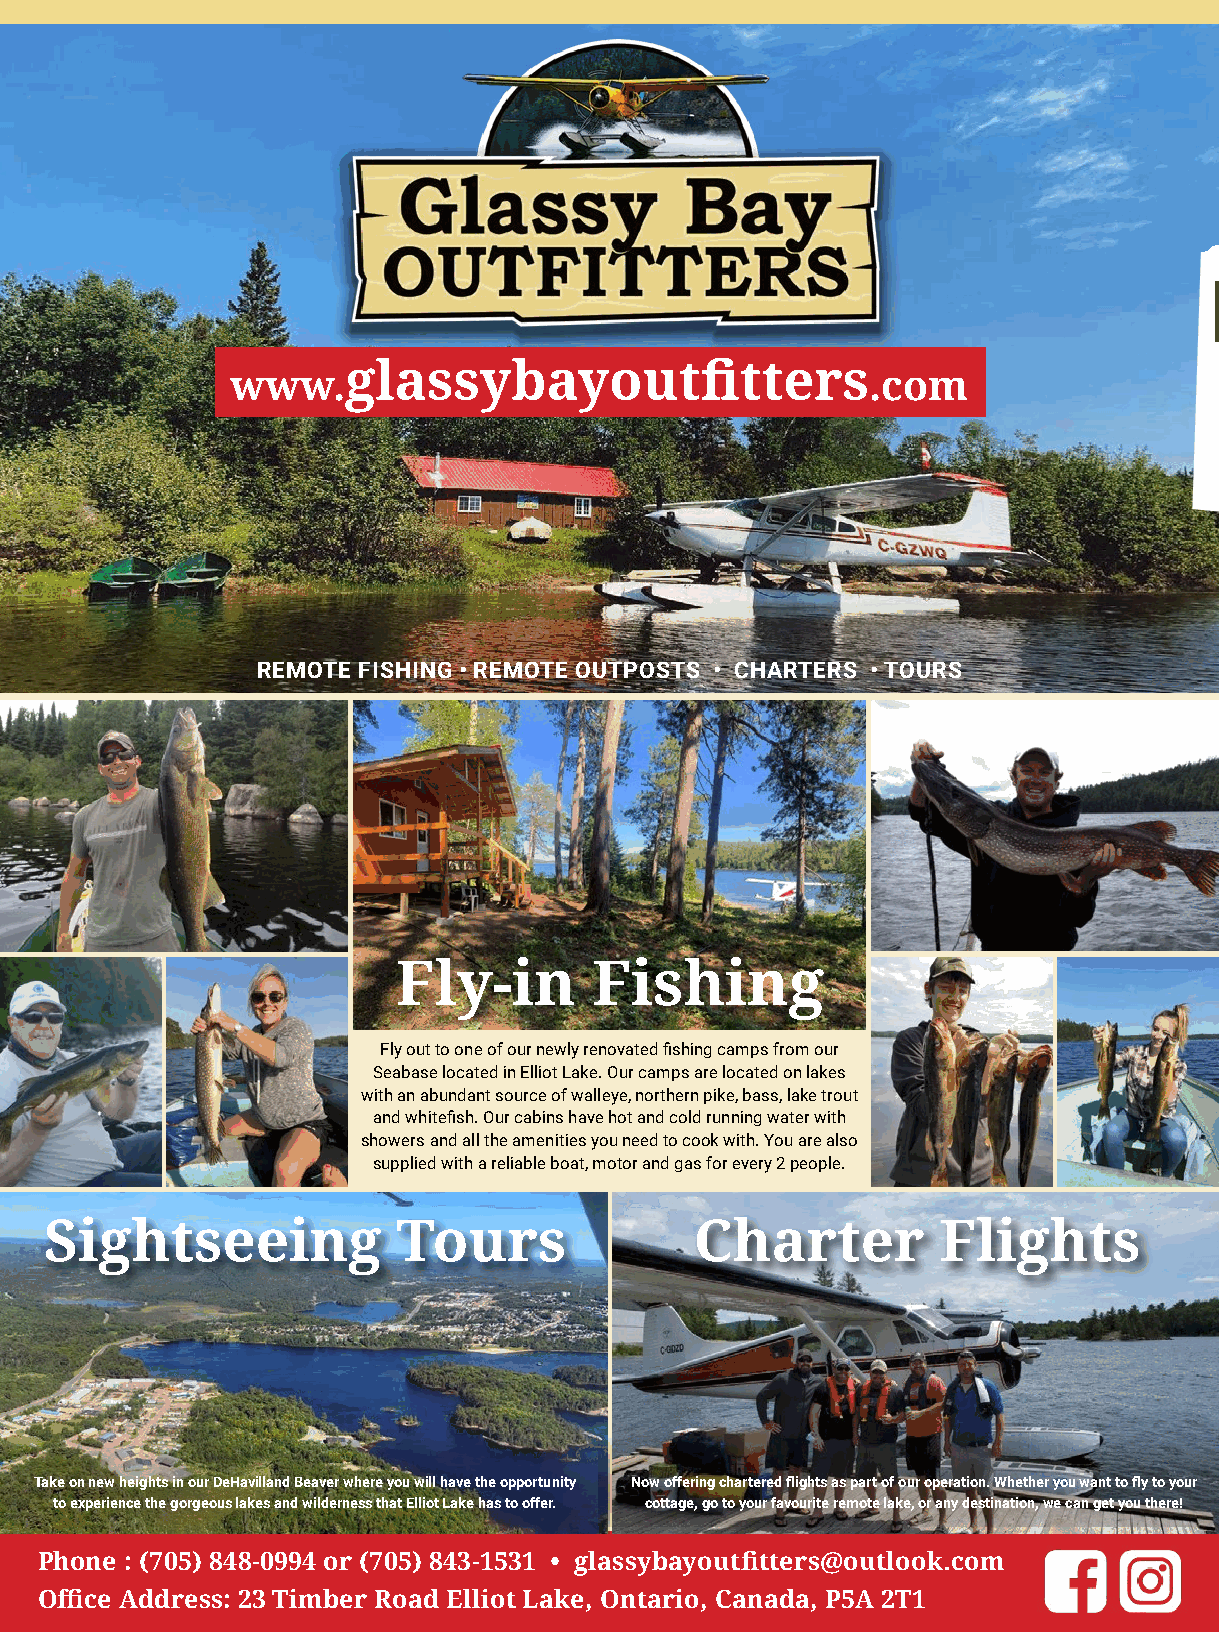
glassybayoutfitters
 www.                                       .com
 REMOTE FISHING • REMOTE OUTPOSTS • CHARTERS • TOURS
 Fly-in       Fishing
 Fly out to one of our newly renovated fishing camps from our
 Seabase located in Elliot Lake. Our camps are located on lakes
 with an abundant source of walleye, northern pike, bass, lake trout
 and whitefish. Our cabins have hot and cold running water with
 showers and all the amenities you need to cook with. You are also
 supplied with a reliable boat, motor and gas for every 2 people.
 Sightseeing            Tours               Charter         Flights
 Take on new heights in our DeHavilland Beaver where you will have the opportunity Now offering chartered flights as part of our operation. Whether you want to fly to your
 to experience the gorgeous lakes and wilderness that Elliot Lake has to offer. cottage, go to your favourite remote lake, or any destination, we can get you there!
 Phone : (705) 848-0994 or (705) 843-1531 • glassybayoutfitters@outlook.com
 Office Address: 23 Timber Road Elliot Lake, Ontario, Canada, P5A 2T1